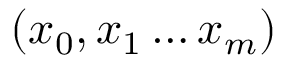
( x _ { 0 } , x _ { 1 } \ldots x _ { m } )